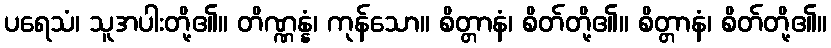
ပရေသံ၊ သူအပါးတို့၏။ တိဏ္ဏန္နံ၊ ကုန်သော။ စိတ္တာနံ၊ စိတ်တို့၏။ စိတ္တာနံ၊ စိတ်တို့၏။